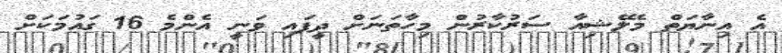
އެ އިނާޔަތް މެލޭޝިއާ ސަރުކާރުން މިހާތަނަށް ދީފައި ވަނީ އެންމެ 16 ގައުމަކަށް